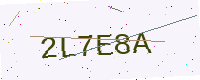
Text: 2L7E8A